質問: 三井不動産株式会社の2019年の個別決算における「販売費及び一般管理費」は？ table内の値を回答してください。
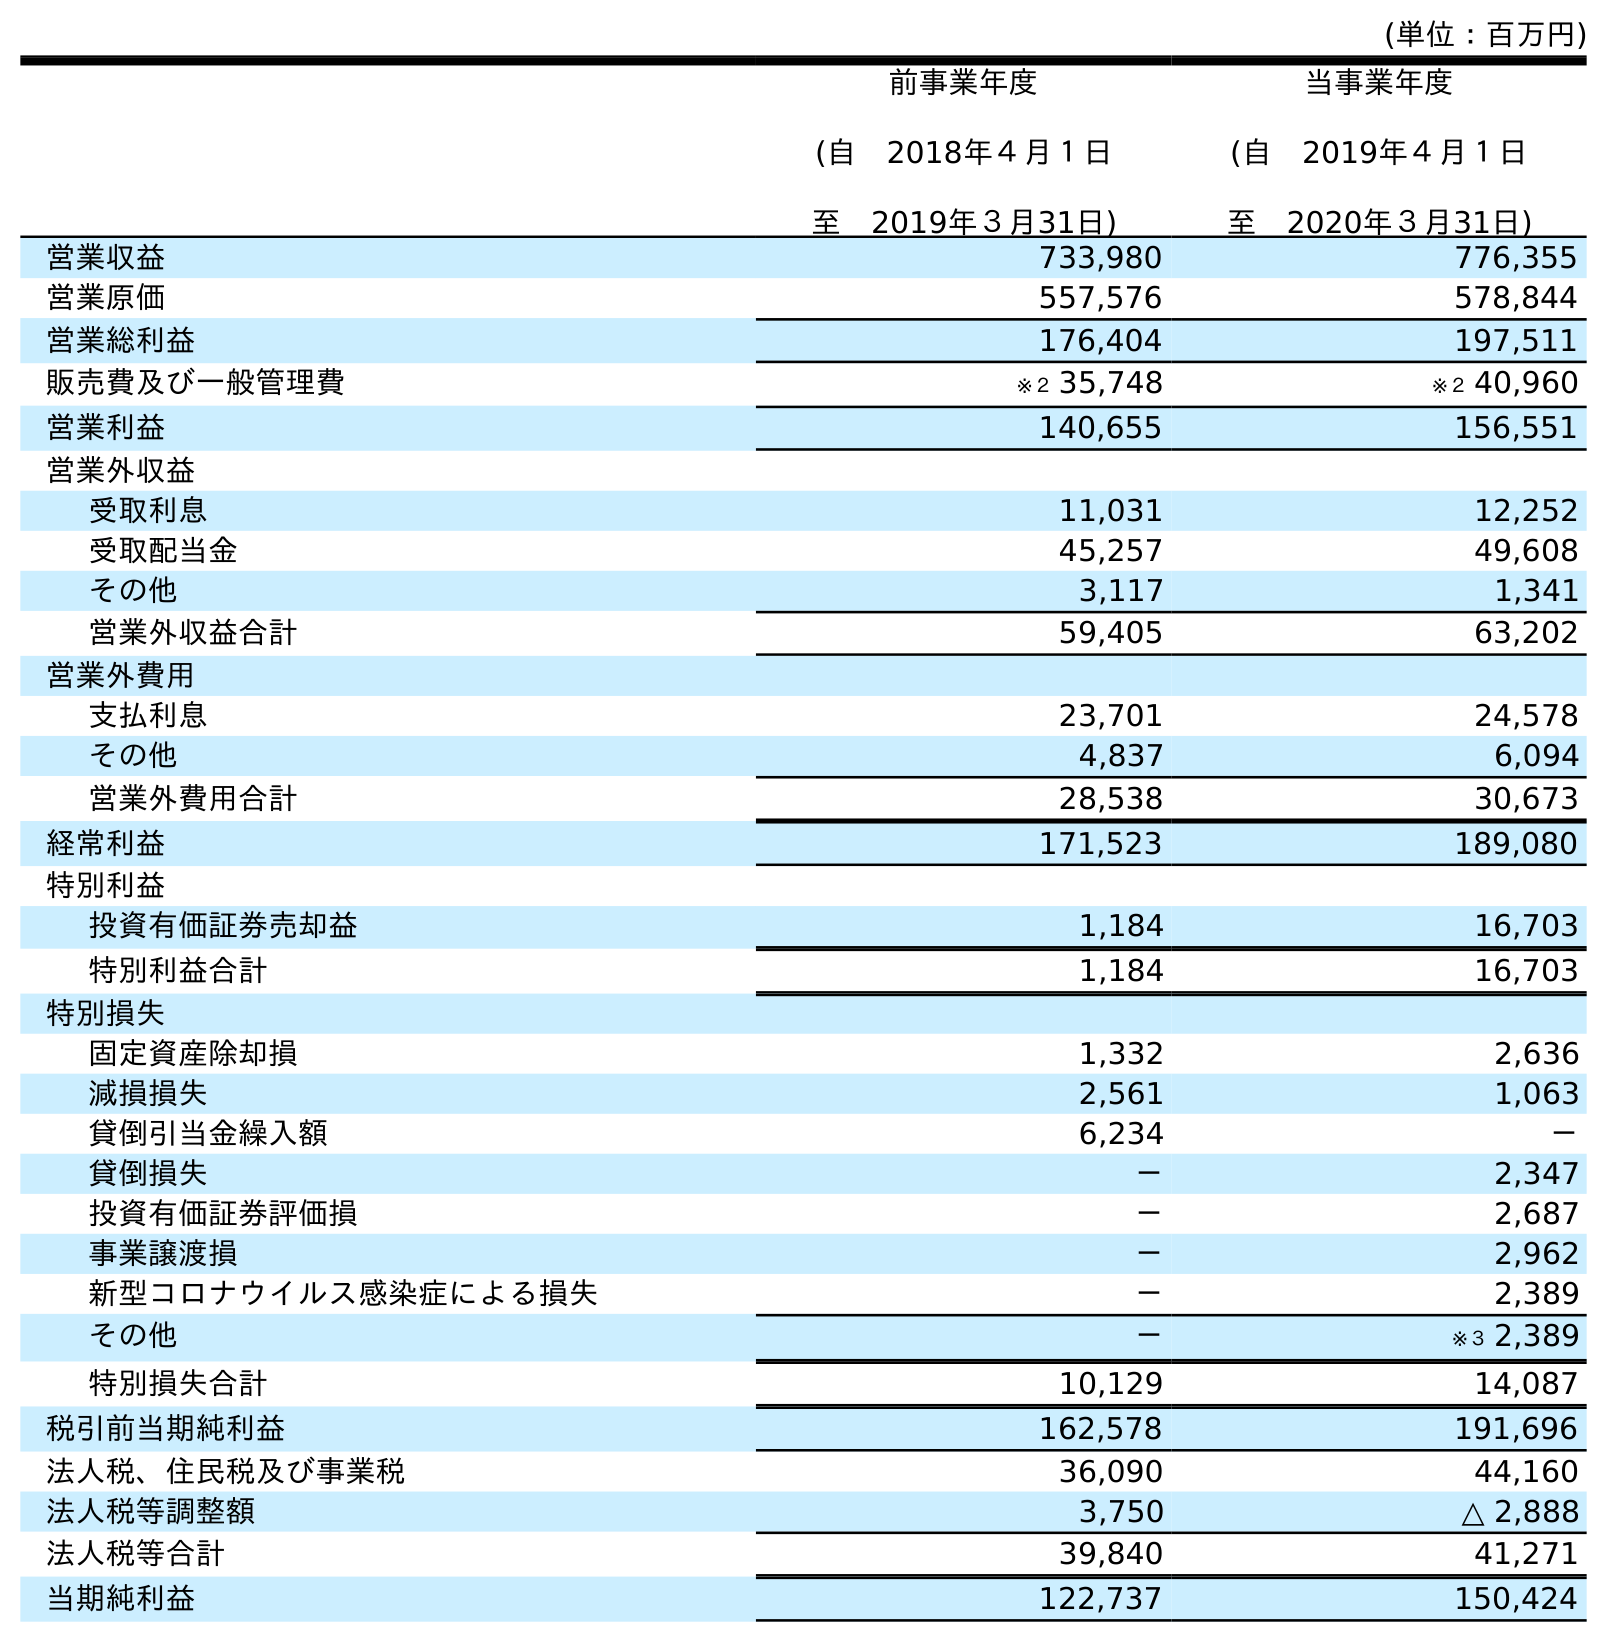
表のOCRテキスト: (単位：百万円) 前事業年度 (自 2018年４月１日 至 2019年３月31日) 当事業年度 (自 2019年４月１日 至 2020年３月31日) 営業収益 733,980 776,355 営業原価 557,576 578,844 営業総利益 176,404 197,511 販売費及び一般管理費 ※２ 35,748 ※２ 40,960 営業利益 140,655 156,551 営業外収益 受取利息 11,031 12,252 受取配当金 45,257 49,608 その他 3,117 1,341 営業外収益合計 59,405 63,202 営業外費用 支払利息 23,701 24,578 その他 4,837 6,094 営業外費用合計 28,538 30,673 経常利益 171,523 189,080 特別利益 投資有価証券売却益 1,184 16,703 特別利益合計 1,184 16,703 特別損失 固定資産除却損 1,332 2,636 減損損失 2,561 1,063 貸倒引当金繰入額 6,234 － 貸倒損失 － 2,347 投資有価証券評価損 － 2,687 事業譲渡損 － 2,962 新型コロナウイルス感染症による損失 － 2,389 その他 － ※３ 2,389 特別損失合計 10,129 14,087 税引前当期純利益 162,578 191,696 法人税、住民税及び事業税 36,090 44,160 法人税等調整額 3,750 △ 2,888 法人税等合計 39,840 41,271 当期純利益 122,737 150,424
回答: ※２35,748